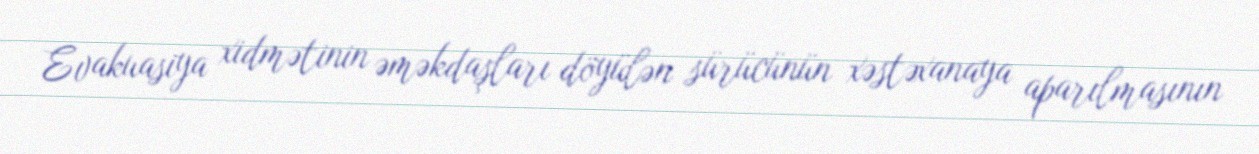
Evakuasiya xidmətinin əməkdaşları döyülən sürücünün xəstəxanaya aparılmasının